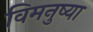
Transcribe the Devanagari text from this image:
विमनुष्या